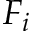
F _ { i }